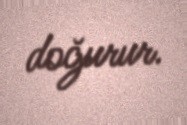
doğurur.